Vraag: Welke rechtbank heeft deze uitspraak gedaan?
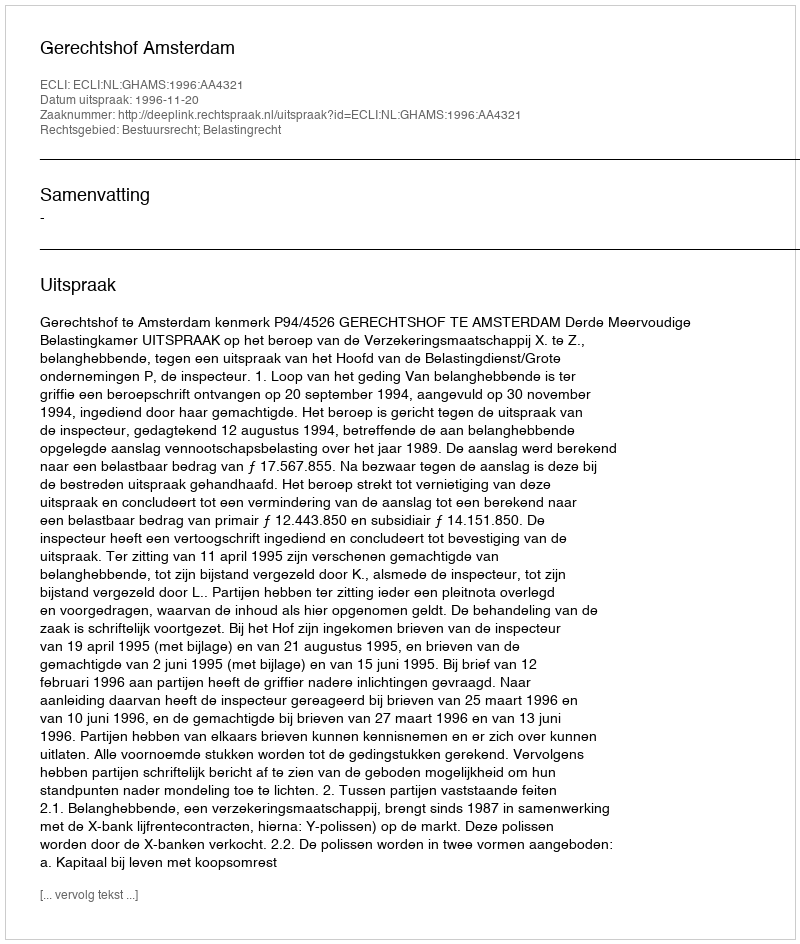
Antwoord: Gerechtshof Amsterdam